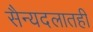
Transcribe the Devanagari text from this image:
सैन्यदलातही